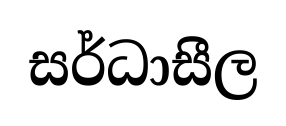
සර්ධාසීල